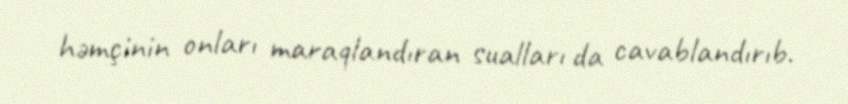
həmçinin onları maraqlandıran sualları da cavablandırıb.